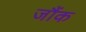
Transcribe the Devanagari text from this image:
जौंक